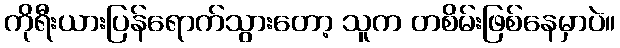
ကိုရီးယားပြန်ရောက်သွားတော့ သူက တစိမ်းဖြစ်နေမှာပဲ။